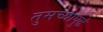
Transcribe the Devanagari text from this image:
तुमच्यापुढे